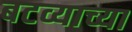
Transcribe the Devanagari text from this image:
बटव्याच्या